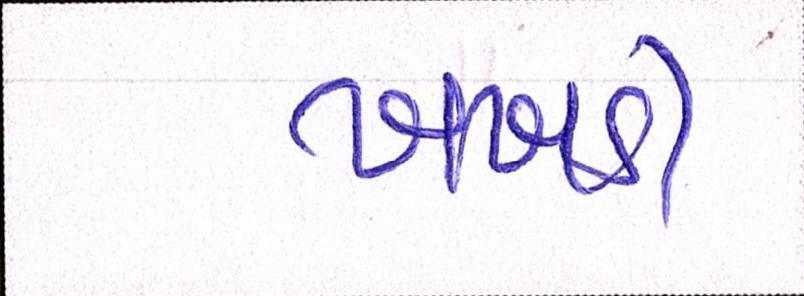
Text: ખખડી